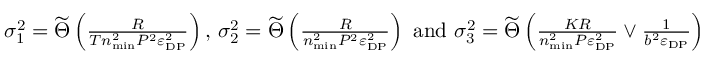
\begin{array} { r } { \sigma _ { 1 } ^ { 2 } = \widetilde \Theta \left( \frac { R } { T n _ { \mathrm { m i n } } ^ { 2 } P ^ { 2 } \varepsilon _ { \mathrm { D P } } ^ { 2 } } \right) \mathrm { , ~ } \sigma _ { 2 } ^ { 2 } = \widetilde \Theta \left( \frac { R } { n _ { \mathrm { m i n } } ^ { 2 } P ^ { 2 } \varepsilon _ { \mathrm { D P } } ^ { 2 } } \right) \mathrm { ~ a n d ~ } \sigma _ { 3 } ^ { 2 } = \widetilde \Theta \left( \frac { K R } { n _ { \mathrm { m i n } } ^ { 2 } P \varepsilon _ { \mathrm { D P } } ^ { 2 } } \vee \frac { 1 } { b ^ { 2 } \varepsilon _ { \mathrm { D P } } } \right) } \end{array}